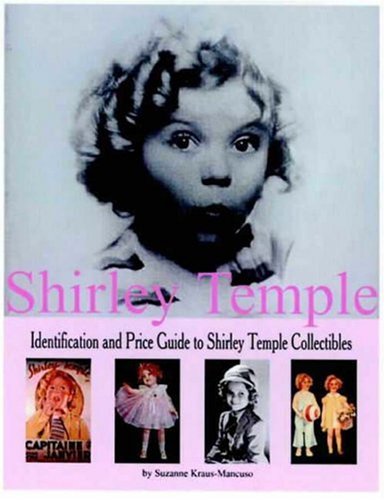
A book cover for Shirley Temple: Identification and Price Guide to Shirley Temple Collectibles; Suzanne Mancuso; Crafts, Hobbies & Home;